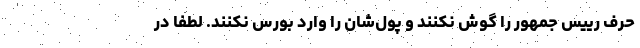
حرف رییس جمهور را گوش نکنند و پول‌شان را وارد بورس نکنند. لطفا در